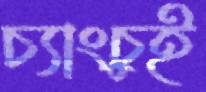
চ্যাংচুই